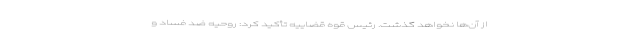
از آن‌ها نخواهد گذشت. رئیس قوه قضاییه تأکید کرد: روحیه ضد فساد و